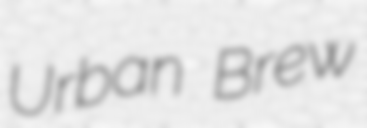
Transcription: Urban Brew